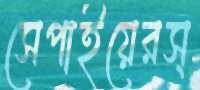
সেপাইয়েরস্